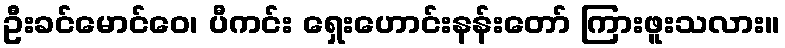
ဦးခင်မောင်ဝေ၊ ပီကင်း ရှေးဟောင်းနန်းတော် ကြားဖူးသလား။